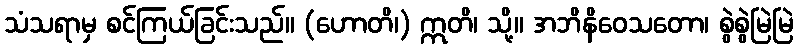
သံသရာမှ စင်ကြယ်ခြင်းသည်။ (ဟောတိ၊) ဣတိ၊ သို့။ အဘိနိဝေသတော၊ စွဲစွဲမြဲမြဲ